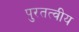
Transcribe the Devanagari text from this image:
पुरतत्वीय